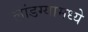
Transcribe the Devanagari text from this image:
लांडग्यामध्ये